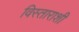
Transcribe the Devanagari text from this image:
विस्ताराशी